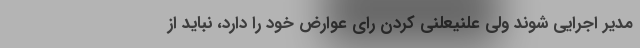
مدیر اجرایی شوند ولی علنیعلنی کردن رای عوارض خود را دارد، نباید از